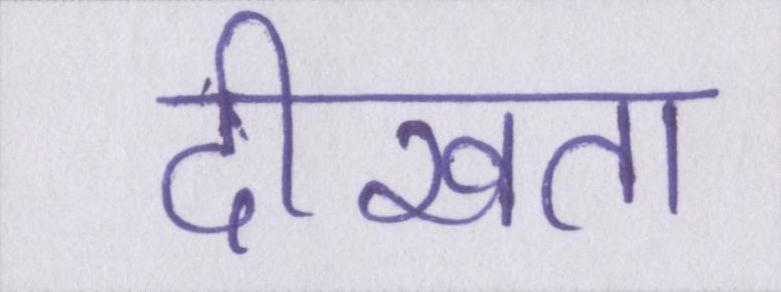
दीखता